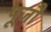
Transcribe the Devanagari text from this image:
पूजौं